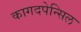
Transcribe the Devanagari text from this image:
कागदपेन्सिल